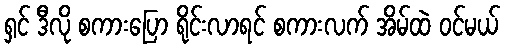
ရှင် ဒီလို စကားပြော ရိုင်းလာရင် စကားလက် အိမ်ထဲ ဝင်မယ်